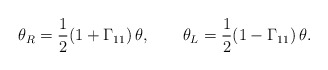
\begin{align*}\theta_R = {1 \over 2} (1 + \Gamma_{11})\,\theta, \qquad \theta_L = {1 \over 2}(1 - \Gamma_{11})\,\theta. \end{align*}